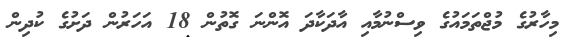
މިހާރުގެ މުޖްތަމައުގެ ވިސްނުމާއި އާދަކާދަ އޮންނަ ގޮތުން 18 އަހަރުން ދަށުގެ ކުދިން